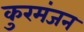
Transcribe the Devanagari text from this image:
कुरमंजन